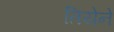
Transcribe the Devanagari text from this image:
तियेने